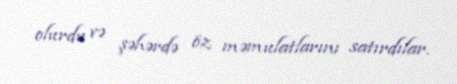
olurdu və şəhərdə öz məmulatlarını satırdılar.